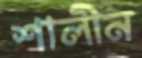
শালীন